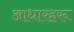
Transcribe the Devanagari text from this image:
आधारहरू